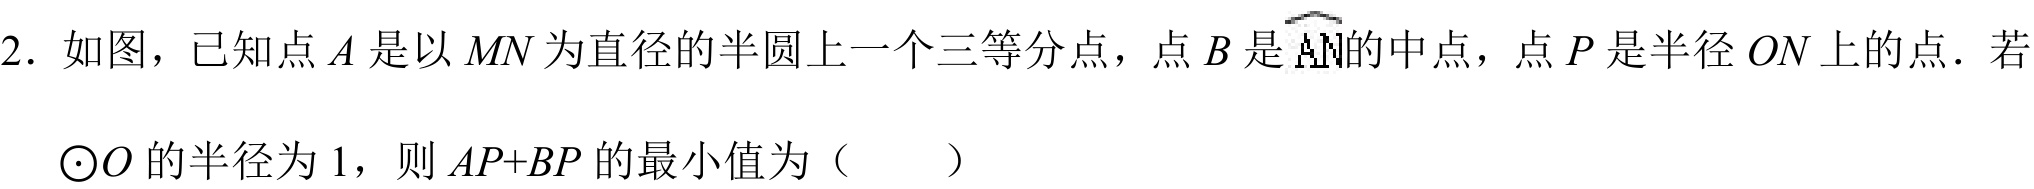
2. 如图，已知点\(A\)是以\(MN\)为直径的半圆上一个三等分点，点\(B\)是\(\overset{\frown}{AN}\)的中点，点\(P\)是半径\(ON\)上的点．若
\(\odot O\)的半径为\(1\)，则\(AP + BP\)的最小值为（  ）